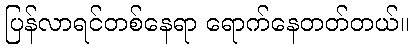
ပြန်လာရင်တစ်နေရာ ရောက်နေတတ်တယ်။